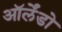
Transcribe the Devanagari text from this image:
ऑर्लेंडो